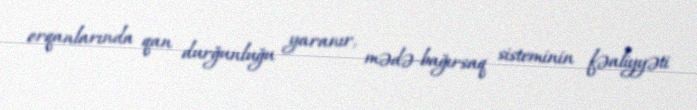
orqanlarında qan durğunluğu yaranır, mədə-bağırsaq sisteminin fəaliyyəti